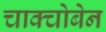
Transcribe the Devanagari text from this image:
चाक्चोबेन